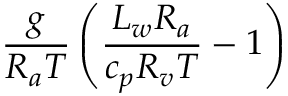
\frac { g } { R _ { a } T } \left( \frac { L _ { w } R _ { a } } { c _ { p } R _ { v } T } - 1 \right)